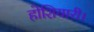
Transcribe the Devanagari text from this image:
होशियारी।